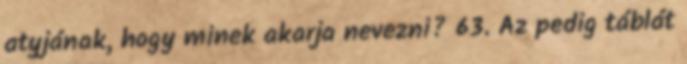
atyjának, hogy minek akarja nevezni? 63. Az pedig táblát